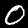
Label: 0